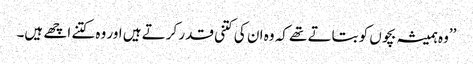
’’وہ ہمیشہ بچوں کو بتاتے تھے کہ وہ ان کی کتنی قدر کرتے ہیں اور وہ کتنے اچھے ہیں۔